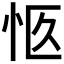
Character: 𪫨